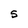
Character: S